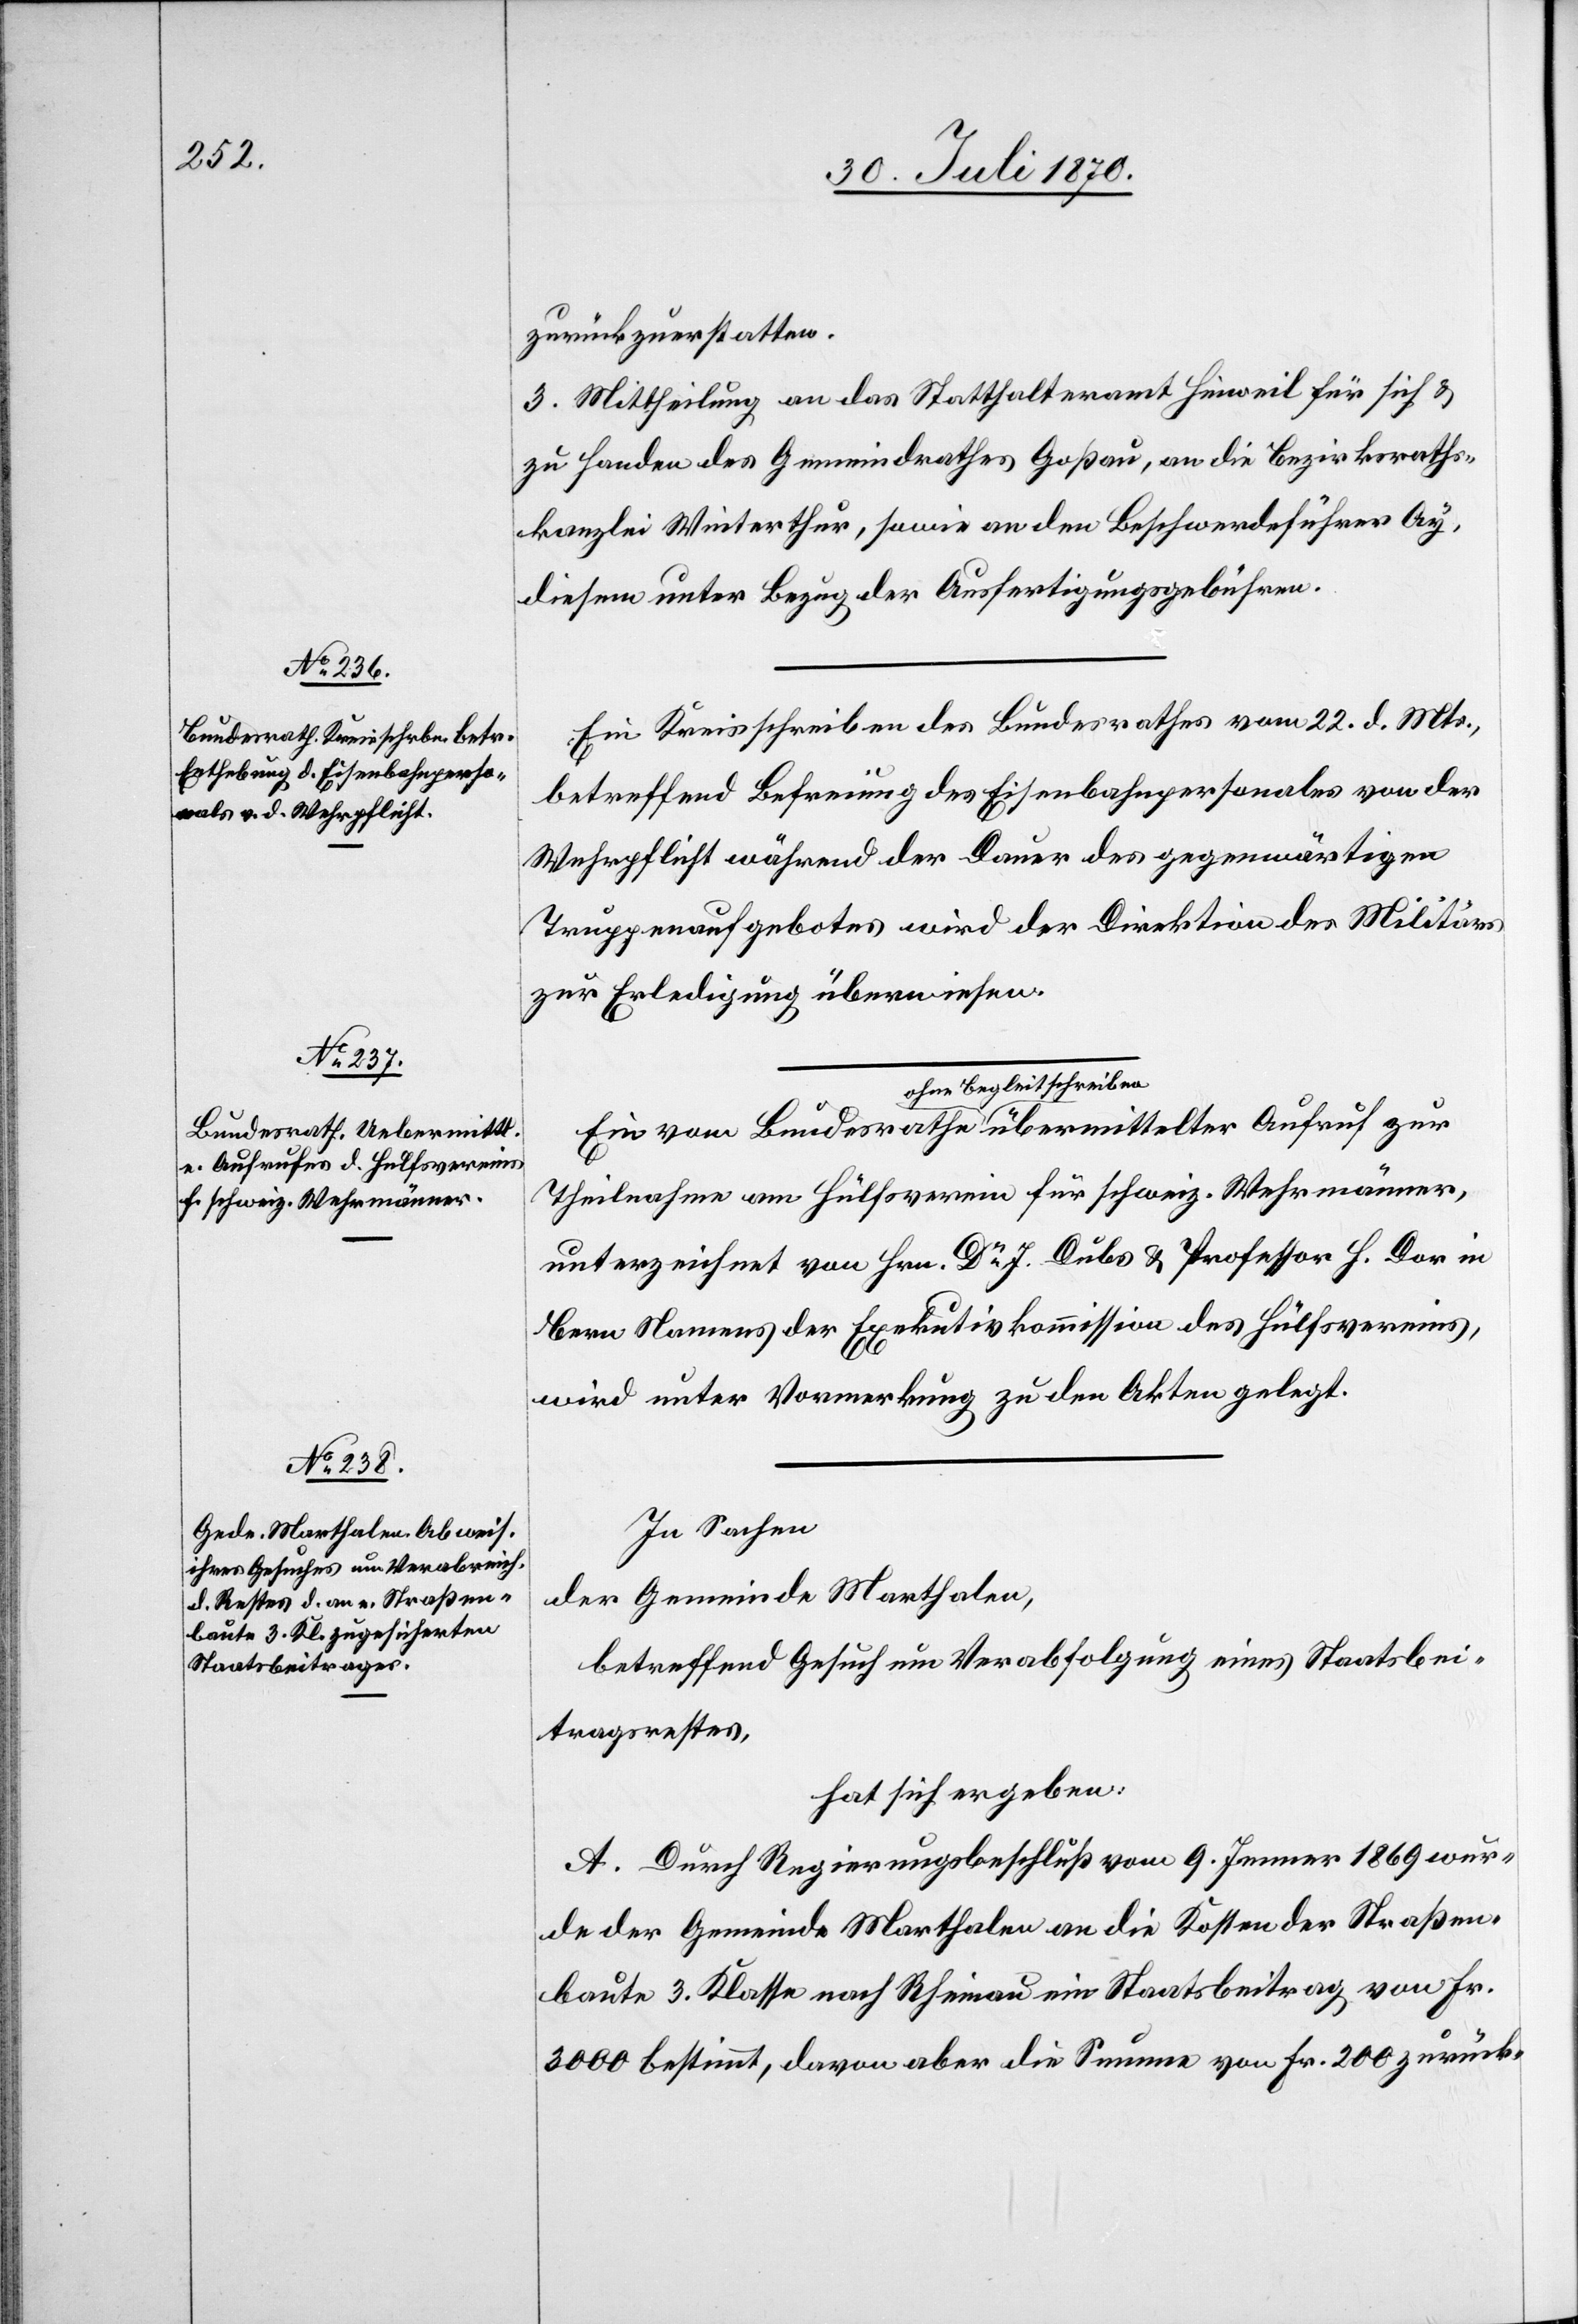
zurückzuerstatten.
3. Mittheilung an das Statthalteramt Hinweil für sich &
zu Handen des Gemeindrathes Goßau, an die Bezirksraths¬
kanzlei Winterthur, sowie an den Beschwerdeführer Ay,
diesem unter Bezug der Ausfertigungsgebühren.
Ein Kreisschreiben des Bundesrathes vom 22. d. Mts.,
betreffend Befreiung des Eisenbahnpersonals von der
Wehrpflicht während der Dauer des gegenwärtigen
Truppenaufgebotes wird der Direktion des Militärs
zur Erledigung überwiesen.
Ein
a-ohne Begleitschreiben-a übermittelter Aufruf zur
Theilnahme am Hülfsverein für schweiz. Wehrmänner,
unterzeichnet von Hrn. Dr J. Dubs & Professor H. Dor in
Bern Namens der Exekutivkommission des Hülfsverein,
wird unter Vormerkung zu den Akten gelegt.
In Sachen
der Gemeinde Marthalen,
betreffend Gesuch um Verabfolgung eines Staatsbei¬
tragrestes,
hat sich ergeben:
A. Durch Regierungsbeschluß vom 9. Jenner 1869 wur¬
de der Gemeinde Marthalen an die Kosten der Straßen¬
baute 3. Klasse nach Rheinau ein Staatsbeitrag von Fr.
3000 bestimmt, davon aber die Summe von Fr. 200 zurück-